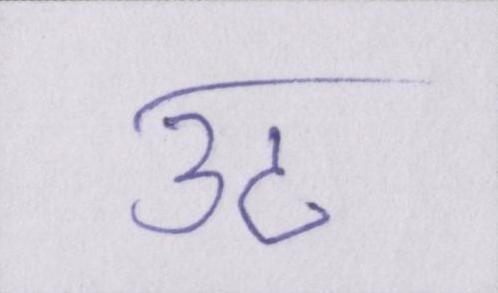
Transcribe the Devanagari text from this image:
उठ